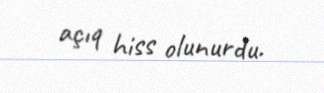
açıq hiss olunurdu.